Vaccine operations Central Provinces 1868-1885 - 1868-1885
Year: 1868
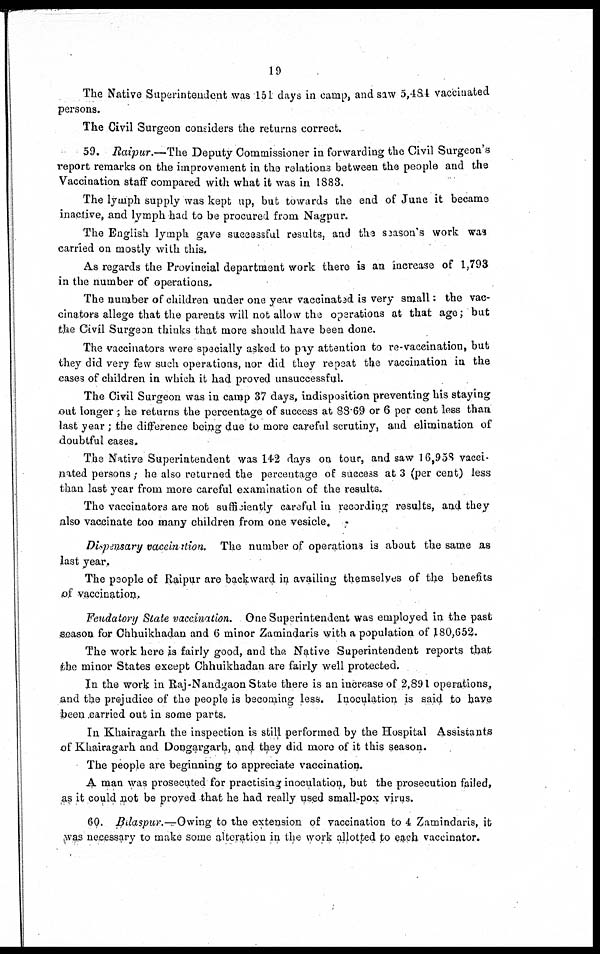
19
The Native Superintendent was 151 days in camp, and saw 5,484 vaccinated
persons.
The Civil Surgeon considers the returns correct.
59. Raipur.—The Deputy Commissioner in forwarding the Civil Surgeon's
report remarks on the improvement in the relations between the people and the
Vaccination staff compared with what it was in 1883.
The lymph supply was kept up, but towards the end of June it became
inactive, and lymph had to be procured from Nagpur.
The English lymph gave successful results, and the season's work was
carried on mostly with this.
As regards the Provincial department work there is an increase of 1,793
in the number of operations.
The number of children under one year vaccinated is very small: the vac-
cinators allege that the parents will not allow the operations at that age; but
the Civil Surgeon thinks that more should have been done.
The vaccinators were specially asked to pay attention to re-vaccination, but
they did very few such operations, nor did they repeat the vaccination in the
cases of children in which it had proved unsuccessful.
The Civil Surgeon was in camp 37 days, indisposition preventing his staying
out longer ; he returns the percentage of success at 88.69 or 6 per cent less than
last year ; the difference being due to more careful scrutiny, and elimination of
doubtful cases.
The Native Superintendent was 142 days on tour, and saw 16,958 vacci-
nated persons ; he also returned the percentage of success at 3 (per cent) less
than last year from more careful examination of the results.
The vaccinators are not sufficiently careful in recording results, and they
also vaccinate too many children from one vesicle.
Dispensary vaccination. The number of operations is about the same as
last year.
The people of Raipur are backward in availing themselves of the benefits
of vaccination.
Feudatory State vaccination. One Superintendent was employed in the past
season for Chhuikhadan and 6 minor Zamindaris with a population of 180,652.
The work here is fairly good, and the Native Superintendent reports that
the minor States except Chhuikhadan are fairly well protected.
In the work in Raj-Nandgaon State there is an increase of 2,891 operations,
and the prejudice of the people is becoming less. Inoculation is said to have
been carried out in some parts.
In Khairagarh the inspection is still performed by the Hospital Assistants
of Khairagarh and Dongargarh, and they did more of it this season.
The people are beginning to appreciate vaccination.
A man was prosecuted for practising inoculation, but the prosecution failed,
as it could not be proved that he had really used small-pox virus.
60. Bilaspur.—Owing to the extension of vaccination to 4 Zamindaris, it
was necessary to make some alteration in the work allotted to each vaccinator.